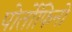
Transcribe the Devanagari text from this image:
पोर्तोफिनो